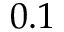
0 . 1